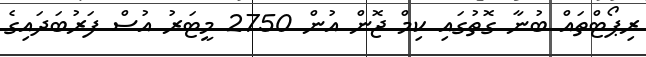
ރިޕޯޓްތައް ބުނާ ގޮތުގައި ކިމް ޖޮން އުން 2750 މީޓަރު އުސް ފަރުބަދައިގެ